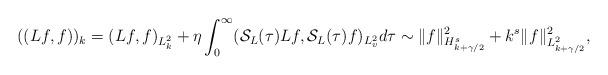
LaTeX: \begin{align*}((Lf, f))_k = (Lf, f)_{L^2_k} + \eta\int_0^\infty (\mathcal{S}_L(\tau ) L f, \mathcal{S}_L(\tau) f)_{L^2_v} d\tau \sim \|f\|_{H^s_{k+\gamma/2}}^2+k^s\|f\|_{L^2_{k+\gamma/2}}^2,\end{align*}